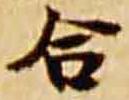
合